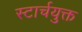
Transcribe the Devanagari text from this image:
स्टार्चयुक्त